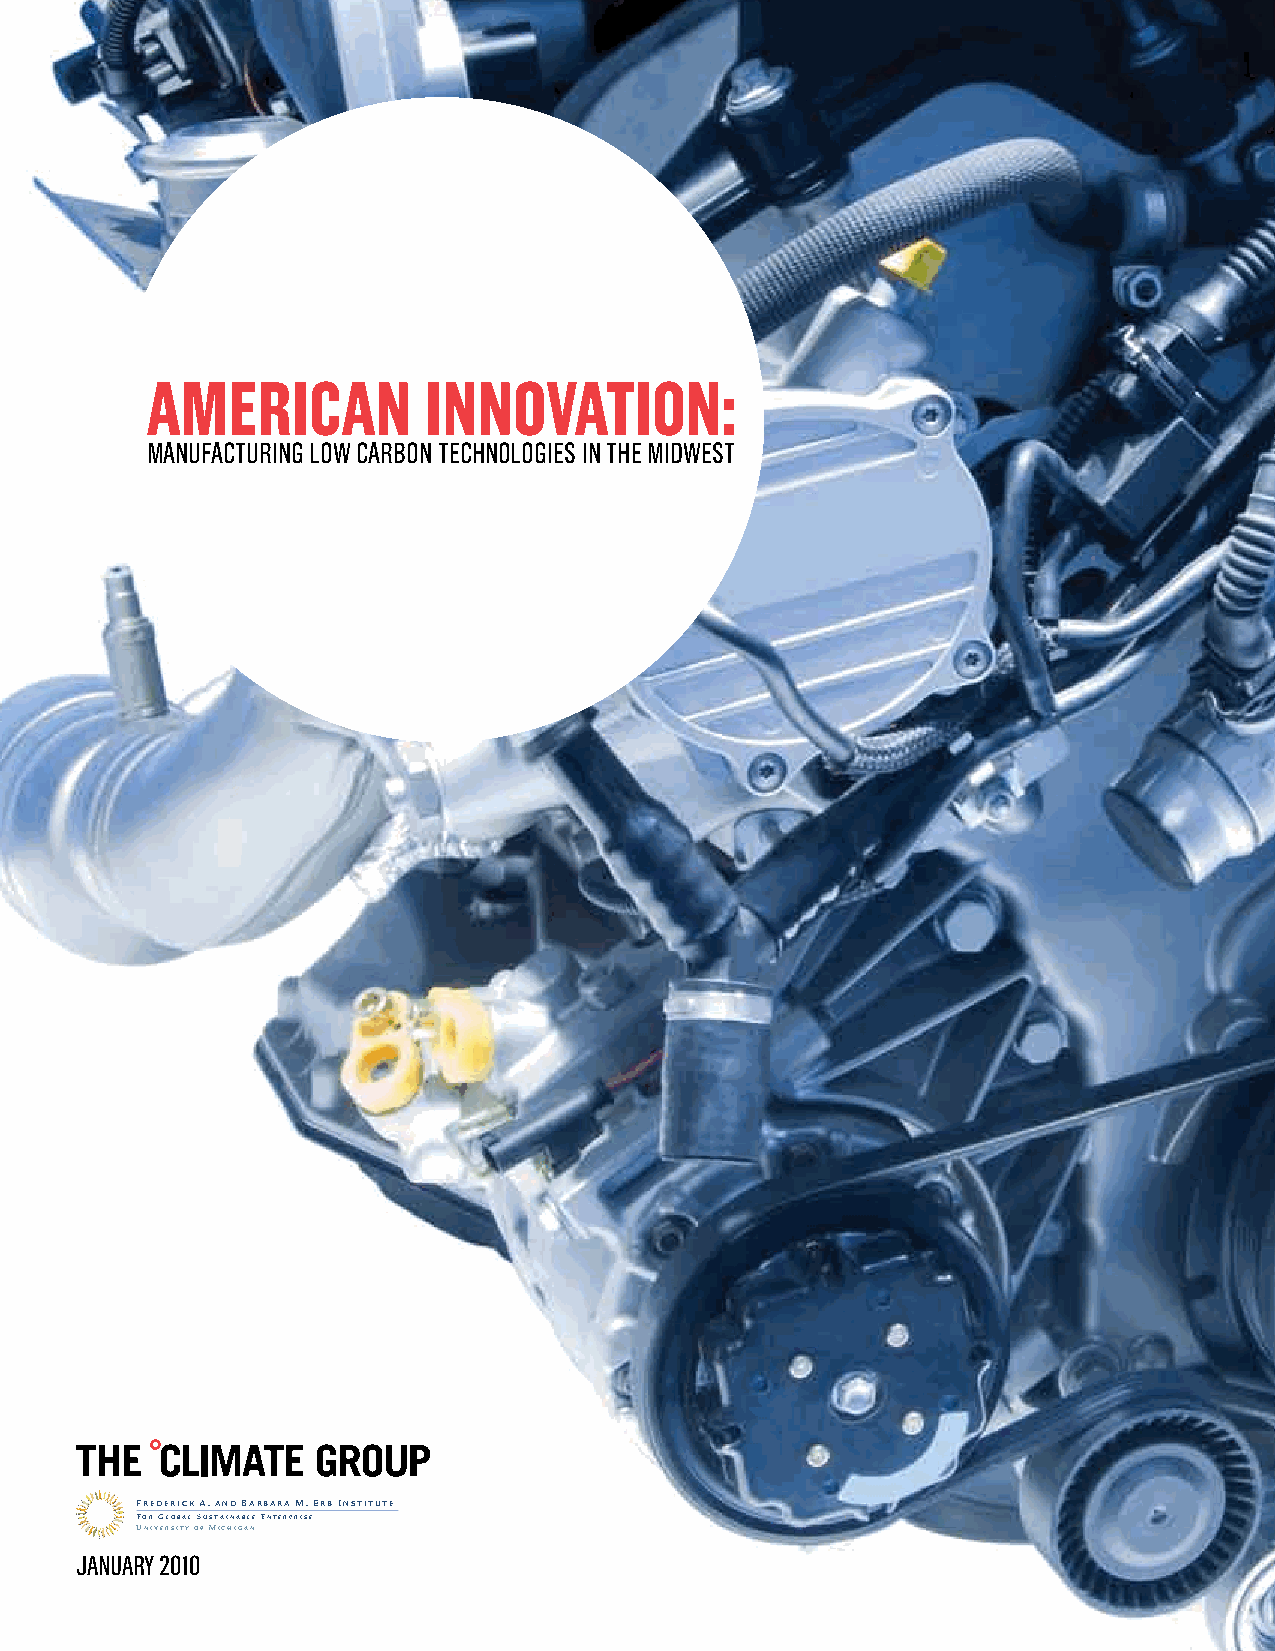
AMERICAN          INNOVATION:
 MANUFACTURING LOW CARBON TECHNOLOGIES IN THE MIDWEST
 FREDERICK A. AND BARBARA M. ERB INSTITUTE
 FOR GLOBAL SUSTAINABLE ENTERPRISE
 UNIVERSITY OF MICHIGAN
 JANUARY 2010